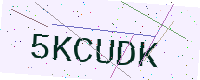
Text: 5KCUDK